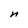
Character: n